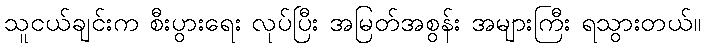
သူငယ်ချင်းက စီးပွားရေး လုပ်ပြီး အမြတ်အစွန်း အများကြီး ရသွားတယ်။